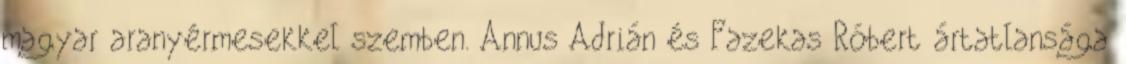
magyar aranyérmesekkel szemben. Annus Adrián és Fazekas Róbert ártatlansága